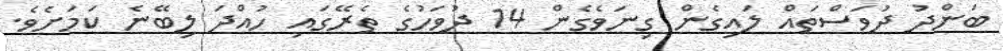
ބަންދު ދުވަސްތައް ލައިގެން ގިނަވެގެން 14 ދުވަހުގެ ތެރޭގައި ހުއްދަ ލިބޭނެ ކަމަށެވެ.